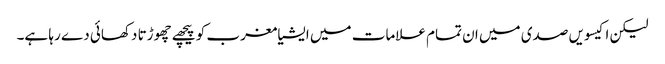
لیکن اکیسویں صدی میں ان تمام علامات میں ایشیا مغرب کو پیچھے چھوڑتا دکھائی دے رہا ہے۔